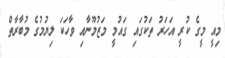
މިއީ މީގެ ކުރީ އަހަރު ތަކުގައި ގައުމީ މަޒުމޫނާއި ވާހަކަ ލިޔުމުގެ މުބާރާތް